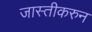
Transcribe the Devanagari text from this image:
जास्तीकरुन